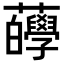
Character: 𧅷